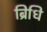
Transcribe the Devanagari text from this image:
ब्रिधि